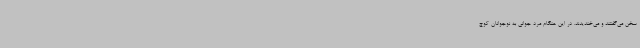
سخن می‌گفتند و می‌خندیدند. در این هنگام مرد جوانی به نوجوانان کوچ